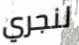
لنجري